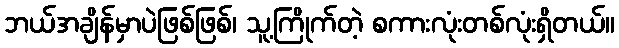
ဘယ်အချိန်မှာပဲဖြစ်ဖြစ်၊ သူ့ကြိုက်တဲ့ စကားလုံးတစ်လုံးရှိတယ်။